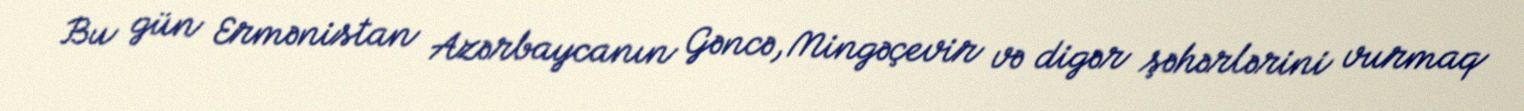
Bu gün Ermənistan Azərbaycanın Gəncə, Mingəçevir və digər şəhərlərini vurmaq